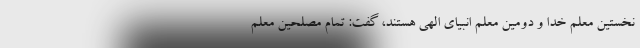
نخستین معلم خدا و دومین معلم انبیای الهی هستند، گفت: تمام مصلحین معلم